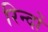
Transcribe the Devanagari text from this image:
रिन्दों